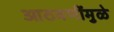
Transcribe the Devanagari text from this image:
आठवणींमुळे